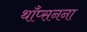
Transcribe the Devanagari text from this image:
थाँप्सनना